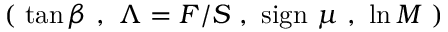
( ~ \tan \beta ~ , ~ \Lambda = F / S ~ , ~ \mathrm { s i g n } ~ \mu ~ , ~ \ln M ~ )